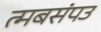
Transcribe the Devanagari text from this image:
त्मबसंपउ